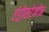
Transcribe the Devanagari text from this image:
एंड्रोसटेनोन